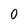
Character: 0